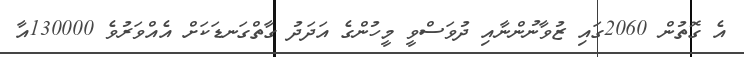
އެ ގޮތުން 2060ގައި ޒުވާނުންނާއި ދުވަސްވީ މީހުންގެ އަދަދު ގާތްގަނޑަކަށް އެއްވަރުވެ 130000އާ